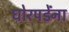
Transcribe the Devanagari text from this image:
घोरपडेंना